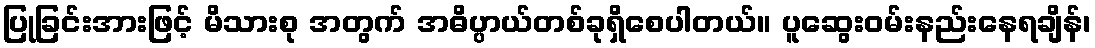
ပြုခြင်းအားဖြင့် မိသားစု အတွက် အဓိပ္ပာယ်တစ်ခုရှိစေပါတယ်။ ပူဆွေးဝမ်းနည်းနေရချိန်၊